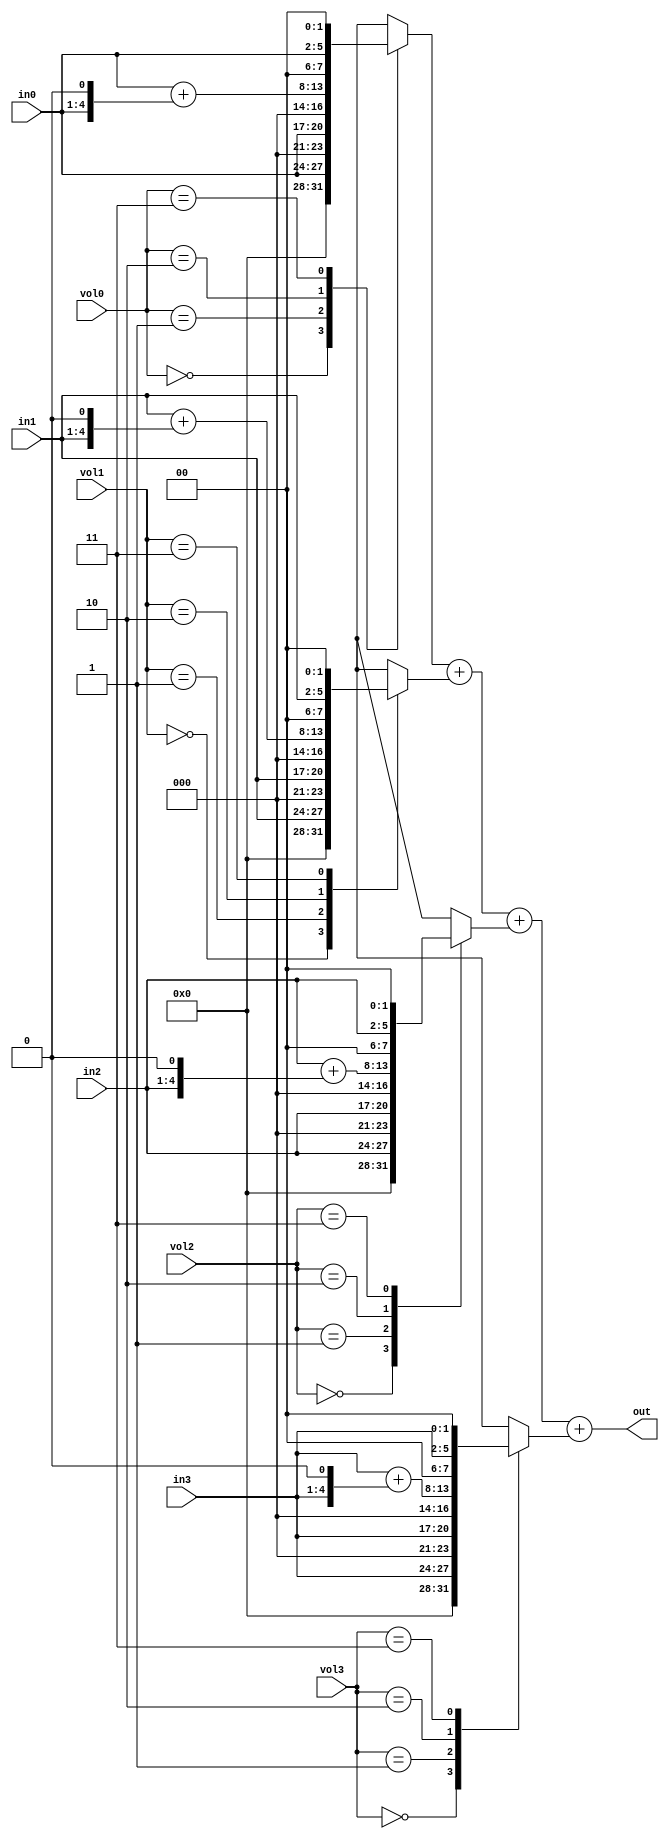
`timescale 1ns / 1ns
//////////////////////////////////////////////////////////////////////////////////
// 
// Create Date:    unknown
// Module Name:    mixer_8bit_4ch: the 4-channel (4-bit wide each) audio mixer with volume control and 8-bit output
// (C) Paul Mayzeles and Michael Schneider. 2014. 
// This code may be used freely as long as the original authors are credited. 
// This mixer won't bake your cake. But it might move your buns. 

// This noise
module mixer_8bit_4ch(
	in0,
	in1,
	in2,
	in3,
	vol0,
	vol1,
	vol2,
	vol3,
	out
    );

input [3:0] in0;
input [3:0] in1;
input [3:0] in2;
input [3:0] in3;

input [1:0] vol0;
input [1:0] vol1;
input [1:0] vol2;
input [1:0] vol3;

reg [7:0] ch0;
reg [7:0] ch1;
reg [7:0] ch2;
reg [7:0] ch3;

//reg [7:0] tmpch1;
//reg [7:0] tmpch2;
//reg [7:0] tempresult;


output reg [7:0] out;

always @(in0, in1, in2, in3, ch0, ch1, ch2, ch3, vol0, vol1, vol2, vol3) //should this be a sampling rate? who knows 
begin

ch0 <= in0 << 2;
ch1 <= in1 << 2;
ch2 <= in2 << 2;
ch3 <= in3 << 2;

//volume1: first volume ch. may be used on tri


case (vol0) //1/4, 1/2, 3/4 and full volume. Note ordering of volumes from low to hi: 00, 01, 11, 10. 

2'b00: //routine for caculating volume. 00: 1/4
begin
	ch0 <= in0;
end
2'b01: //01: 1/2
begin
	ch0 <= in0 << 1;
end
2'b10: //10: 3/4 volume 
begin
	ch0 <= (in0) + (in0 << 1);
end
2'b11: //11: full volume 
begin
	ch0 <= in0 << 2;
end
default:
begin
	ch0 <=  in0 << 2; 
end
endcase 

case (vol1) //vol 1: the second square channel  
2'b00: 
begin	
	ch1 <= in1;
end
2'b01: //01: 1/2
begin
	ch1 <= in1 << 1;
end
2'b10: //10: 3/4 volume 
begin
	ch1 <= (in1) + (in1 << 1);
end
2'b11: //11: full volume 
begin
	ch1 <= in1 << 2;
end
default:
begin
	ch1 <=  in1 << 2; 
end
endcase 

case (vol2) //1/4, 1/2, 3/4 and full volume. Note ordering of volumes from low to hi: 00, 01, 11, 10. 
2'b00: //routine for caculating volume. 00: 1/4
begin
	ch2 <= in2;
end
2'b01: //01: 1/2
begin
	ch2 <= in2 << 1;
end
2'b10: //10: 3/4 volume 
begin
	ch2 <= (in2) + (in2 << 1);
end
2'b11: //11: full volume 
begin
	ch2 <= in2 << 2;
end
default:
begin
	ch2 <=  in2 << 2; 
end
endcase 

case (vol3) //1/4, 1/2, 3/4 and full volume. Note ordering of volumes from low to hi: 00, 01, 11, 10. 

2'b00: //routine for caculating volume. 00: 1/4
begin
	
	ch3 <= in3;
end
2'b01: //01: 1/2
begin
	ch3 <= in3 << 1;
end
2'b10: //10: 3/4 volume 
begin
	ch3 <= (in3) + (in3 << 1);
end
2'b11: //11: full volume 
begin
	ch3 <= in3 << 2;
end
default:
begin
	ch3 <=  in3 << 2; 
end
endcase 

//tempresult = (ch1 + ch2 + ch3 + ch4);

//tempresult = tempresult >> 2;

out = ch0 + ch1 + ch2 + ch3;

end

endmodule